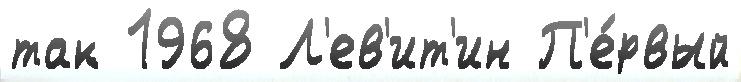
так 1968 Л'ев'ит'ин П'е́рвый